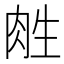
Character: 𰮛